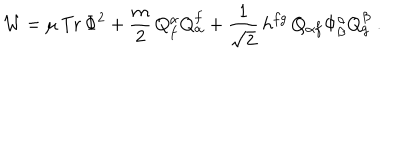
{ \cal { W } } = \mu \, \mathrm { T r } \, \Phi ^ { 2 } + \frac { m } { 2 } \, Q _ { f } ^ { \alpha } Q _ { \alpha } ^ { f } + \frac { 1 } { \sqrt { 2 } } \, h ^ { f g } \, Q _ { \alpha f } \Phi _ { \beta } ^ { \alpha } Q _ { g } ^ { \beta } \; .